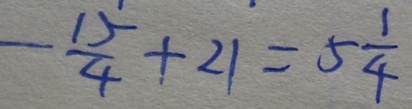
- \frac { 1 5 } { 4 } + 2 1 = 5 \frac { 1 } { 4 }